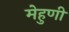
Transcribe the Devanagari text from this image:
मेहुणी